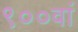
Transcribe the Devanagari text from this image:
९००वां